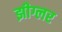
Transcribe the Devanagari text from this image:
झीग्लर